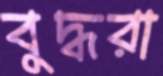
বুদ্ধরা